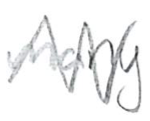
Text: many
Cross-out: zig-zag
Writing tool: pencil